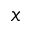
x